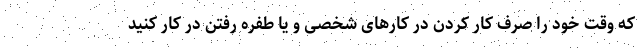
که وقت خود را صرف کار کردن در کارهای شخصی و یا طفره رفتن در کار کنید